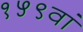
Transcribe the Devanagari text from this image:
१५९वां